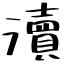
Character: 瀆